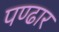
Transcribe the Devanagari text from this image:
पण्‍ढार